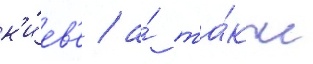
к'и́ев'е / а́ та́кже